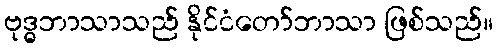
ဗုဒ္ဓဘာသာသည် နိုင်ငံတော်ဘာသာ ဖြစ်သည်။